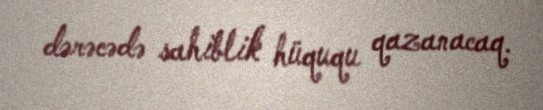
dərəcədə sahiblik hüququ qazanacaq.